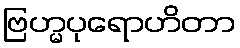
ဗြဟ္မပုရောဟိတာ